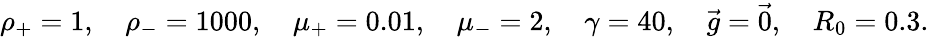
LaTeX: \rho_{+}=1,\quad\rho_{-}=1000,\quad\mu_{+}=0.01,\quad\mu_{-}=2,\quad\gamma=40,\quad\vec{g}=\vec{0},\quad R_{0}=0.3.